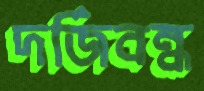
দর্জিবন্ধ